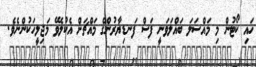
ހައި ކޯޓުން މި މައްސަލަ ބައްލަވަނީ ފަސް ފަނޑިޔާރުންގެ މައްޗަށް އެކުލެވޭ މަޖިލީހަކުންނެވެ.